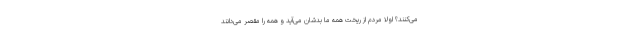
می‌کنند؟ اولاً مردم از ریخت همه ما بدشان می‌آید و همه را مقصر می‌دانند